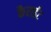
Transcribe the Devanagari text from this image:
कैराईट